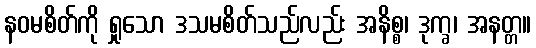
နဝမစိတ်ကို ရှုသော ဒသမစိတ်သည်လည်း အနိစ္စ၊ ဒုက္ခ၊ အနတ္တ။